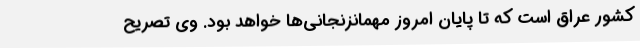
کشور عراق است که تا پایان امروز مهمانزنجانی‌ها خواهد بود. وی تصریح